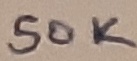
Text: 50K